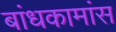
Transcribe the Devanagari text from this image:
बांधकामांस